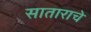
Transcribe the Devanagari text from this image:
साताराचे